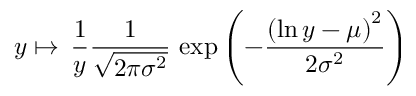
y \mapsto \, { \frac { 1 } { y } } { \frac { 1 } { \sqrt { 2 \pi \sigma ^ { 2 } } } } \, \exp \left( - { \frac { \left( \ln y - \mu \right) ^ { 2 } } { 2 \sigma ^ { 2 } } } \right)